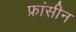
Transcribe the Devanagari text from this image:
फ्रांसीन